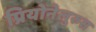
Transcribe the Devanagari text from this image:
प्रियोनेलुरुस